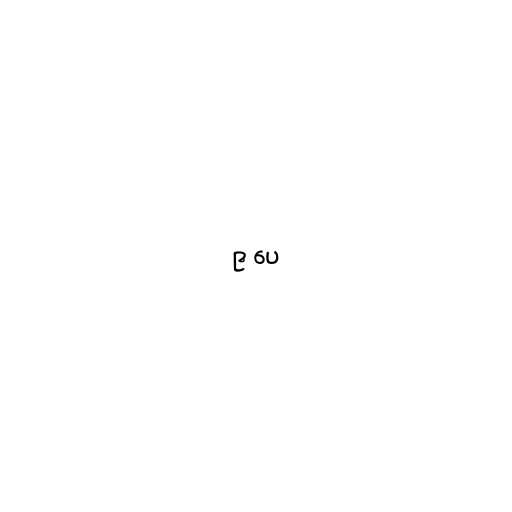
၉ ပေ